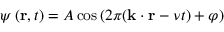
\psi \left( { \mathbf { r } } , t \right) = A \cos \left( 2 \pi ( { \mathbf { k } } \cdot { \mathbf { r } } - \nu t ) + \varphi \right)